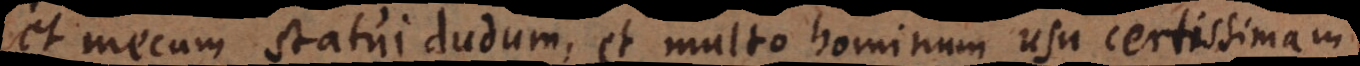
et mecum statui dudum, et multo hominum usu certissimam